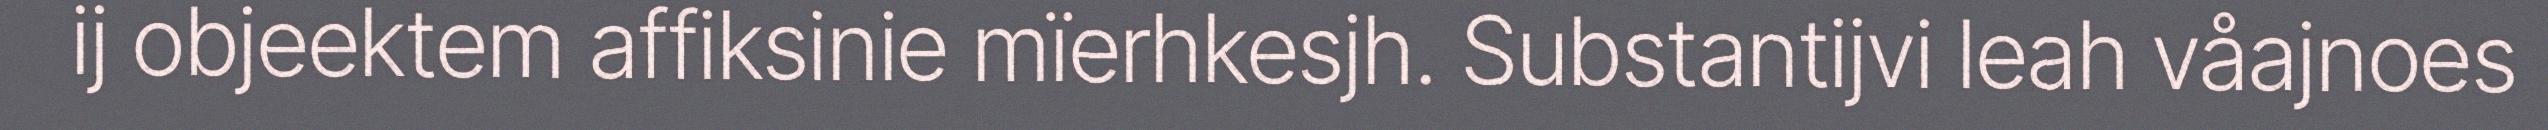
ij objeektem affiksinie mïerhkesjh. Substantijvi leah våajnoes